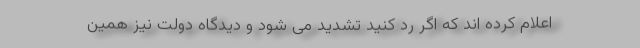
اعلام کرده اند که اگر رد کنید تشدید می شود و دیدگاه دولت نیز همین